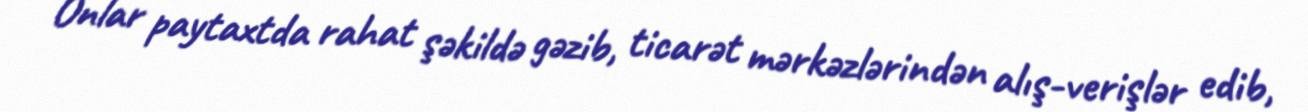
Onlar paytaxtda rahat şəkildə gəzib, ticarət mərkəzlərindən alış-verişlər edib,